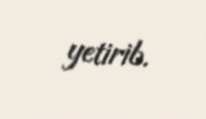
yetirib.